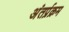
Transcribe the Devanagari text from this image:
अंतर्प्रक्रम